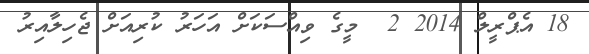
18 އެޕްރީލް 2014 2  މީގެ ވިއްސަކަށް އަހަރު ކުރިއަށް ޖެހިލާއިރު